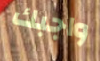
واجبك